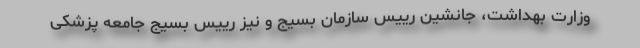
وزارت بهداشت، جانشین رییس سازمان بسیج و نیز رییس بسیج جامعه پزشکی